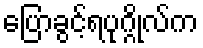
ပြောခွင့်ရပုဂ္ဂိုလ်က